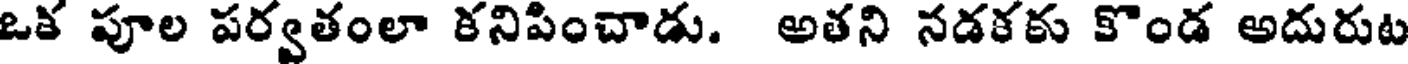
ఒక పూల పర్వతంలా కనిపించాడు. అతని నడకకు కొండ అదురుట